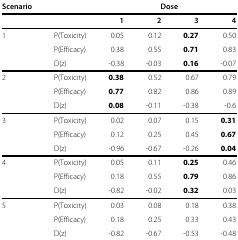
<table><thead><tr><td><b>Scenario</b></td><td><b> </b></td><td><b> </b></td><td><b> </b></td><td><b>Dose</b></td><td><b> </b></td></tr></thead><tbody><tr><td> </td><td> </td><td><b>1</b></td><td><b>2</b></td><td><b>3</b></td><td><b>4</b></td></tr><tr><td>1</td><td>P(Toxicity)</td><td>0.05</td><td>0.12</td><td><b>0.27</b></td><td>0.50</td></tr><tr><td> </td><td>P(Efficacy)</td><td>0.38</td><td>0.55</td><td><b>0.71</b></td><td>0.83</td></tr><tr><td> </td><td>D(z)</td><td>-0.38</td><td>-0.03</td><td><b>0.16</b></td><td>-0.07</td></tr><tr><td>2</td><td>P(Toxicity)</td><td><b>0.38</b></td><td>0.52</td><td>0.67</td><td>0.79</td></tr><tr><td> </td><td>P(Efficacy)</td><td><b>0.77</b></td><td>0.82</td><td>0.86</td><td>0.89</td></tr><tr><td> </td><td>D(z)</td><td><b>0.08</b></td><td>-0.11</td><td>-0.38</td><td>-0.6</td></tr><tr><td>3</td><td>P(Toxicity)</td><td>0.02</td><td>0.07</td><td>0.15</td><td><b>0.31</b></td></tr><tr><td> </td><td>P(Efficacy)</td><td>0.12</td><td>0.25</td><td>0.45</td><td><b>0.67</b></td></tr><tr><td> </td><td>D(z)</td><td>-0.96</td><td>-0.67</td><td>-0.26</td><td><b>0.04</b></td></tr><tr><td>4</td><td>P(Toxicity)</td><td>0.05</td><td>0.11</td><td><b>0.25</b></td><td>0.46</td></tr><tr><td> </td><td>P(Efficacy)</td><td>0.18</td><td>0.55</td><td><b>0.79</b></td><td>0.86</td></tr><tr><td> </td><td>D(z)</td><td>-0.82</td><td>-0.02</td><td><b>0.32</b></td><td>0.03</td></tr><tr><td>5</td><td>P(Toxicity)</td><td>0.03</td><td>0.08</td><td>0.18</td><td>0.38</td></tr><tr><td> </td><td>P(Efficacy)</td><td>0.18</td><td>0.25</td><td>0.33</td><td>0.43</td></tr><tr><td> </td><td>D(z)</td><td>-0.82</td><td>-0.67</td><td>-0.53</td><td>-0.48</td></tr></tbody></table>